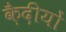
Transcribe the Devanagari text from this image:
क़ैदीयों